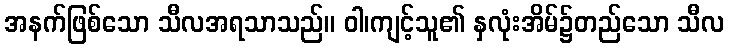
အနက်ဖြစ်သော သီလအရသာသည်။ ဝါ၊ကျင့်သူ၏ နှလုံးအိမ်၌တည်သော သီလ